Indian journal of veterinary science and animal husbandry - Volumes 15-17, 1948-1951
Year: 1948
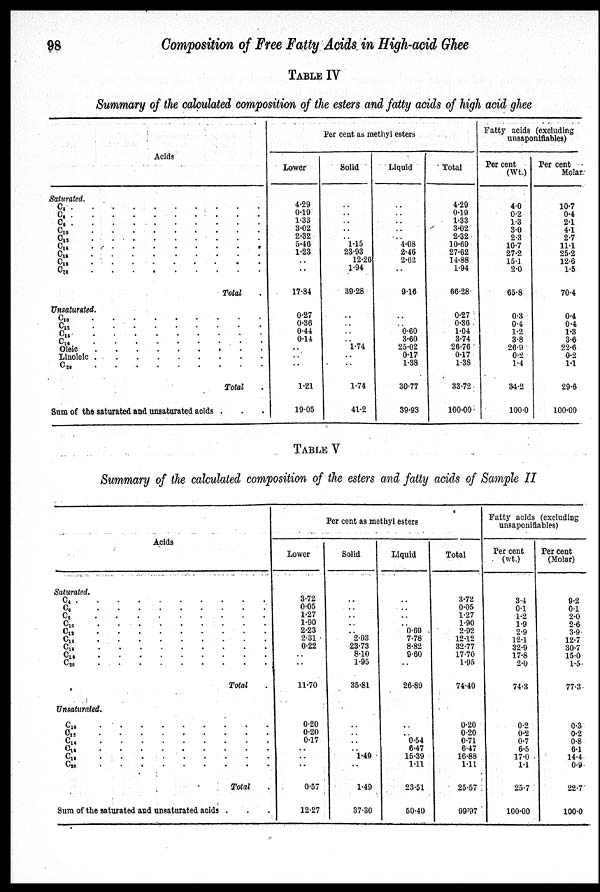
98
Composition
of Free Fatty Acids in High-acid Ghee
TABLE IV
Summary of the calculated composition of the esters and fatty acids of high acid ghee
Acids
Saturated.
C 4
C 6
C 8
C 10
C12
C 14
C 16
C 18
C 20
Total
Unsaturated.
C 12
C 14
C 16
Oleic
Linoleic
C 29
Total
Sum of the saturated and unsaturated acids .
Per cent as methyl esters
Lower
4.29
0.19
1.33
3.02
2.32
5.46
1.23
..
..
17.84
0.27
0.36
0.44
0.14
..
..
..
1.21
19.05
Solid
..
..
..
..
..
1.15
23.93
12.26
1.94
39.28
..
..
..
..
..
1.74
..
..
1.74
41.2
Liquid
..
..
..
..
..
4.08
2.46
2.62
..
9.16
..
..
..
0.60
3.60
25.02
0.17
1.38
30.77
39.93
Total
4.29
0.19
1.33
3.02
2.32
10.69
27.62
14.88
1.94
66.28
0.27
0.36
1.04
3.74
26.76
0.17
1.38
33.72
100.00
Fatty acids (excluding
unsaponifiables)
Per cent
(Wt.)
4.0
0.2
1.3
3.0
2.3
10.7
27.2
15.1
2.0
65.8
0.3
0.4
1.2
3.8
26.9
0.2
1.4
34.2
100.0
Per cent
Molar
10.7
0.4
2.1
4.1
2.7
11.1
25.2
12.6
1.5
70.4
0.4
0.4
1.3
3.6
22.6
0.2
1.1
29.6
100.00
TABLE V
Summary of the calculated composition of the esters and fatty acids of Sample II
Acids
Saturated.
C 4
.
.
.
.
.
C 6 . . . . . . . . .
C 8
.
.
.
.
.
.
.
.
.
C 10
.
.
.
.
.
.
.
C 13 . . . . . . . . .
C 14
.
.
.
.
.
.
.
.
.
C 16
. . . . . . .
..
C 18
.
.
.
.
.
.
.
.
.
C 20 . . . . . . . . .
Total
Unsaturated.
C 10 . . . . . .
C 12 . . . . .
C14
.
.
.
.
.
.
C 16
.
.
.
.
.
C 18 . . . . .
C 20
.
.
.
.
.
Total
Sum of the saturated and unsaturated acids .
Per cent as methyl esters
Lower
3.72
0.05
1.27
1.90
2.23
2.31
0.22
..
..
11.70
0.20
0.20
0.17
..
..
..
0.57
12.27
Solid
..
..
..
..
..
2.03
23.73
8.10
1.95
35.81
..
..
..
..
..
1.49
..
1.49
37.30
Liquid
..
..
..
..
0.69
7.78
8.82
9.60
..
26.89
..
..
..
0.54
6.47
15.39
1.11
23.51
50.40
Total
3.72
0.05
1.27
1.90
2.92
12.12
32.77
17.70
1.95
74.40
0.20
0.20
0.71
6.47
16.88
1.11
25.57
99.97
Fatty acids (excluding
unsaponifiables)
Per cent
(wt.)
3.4
0.1
1.2
1.9
2.9
12.1
32.9
17.8
2.0
74.3
0.2
0.2
0.7
6.5
17.0
1.1
25.7
100.00
Per cent
(Molar)
9.2
0.1
2.0
2.6
3.9
12.7
30.7
15.0
1.5
77.3
0.3
0.2
0.8
6.1
14.4
0.9
22.7
100.0